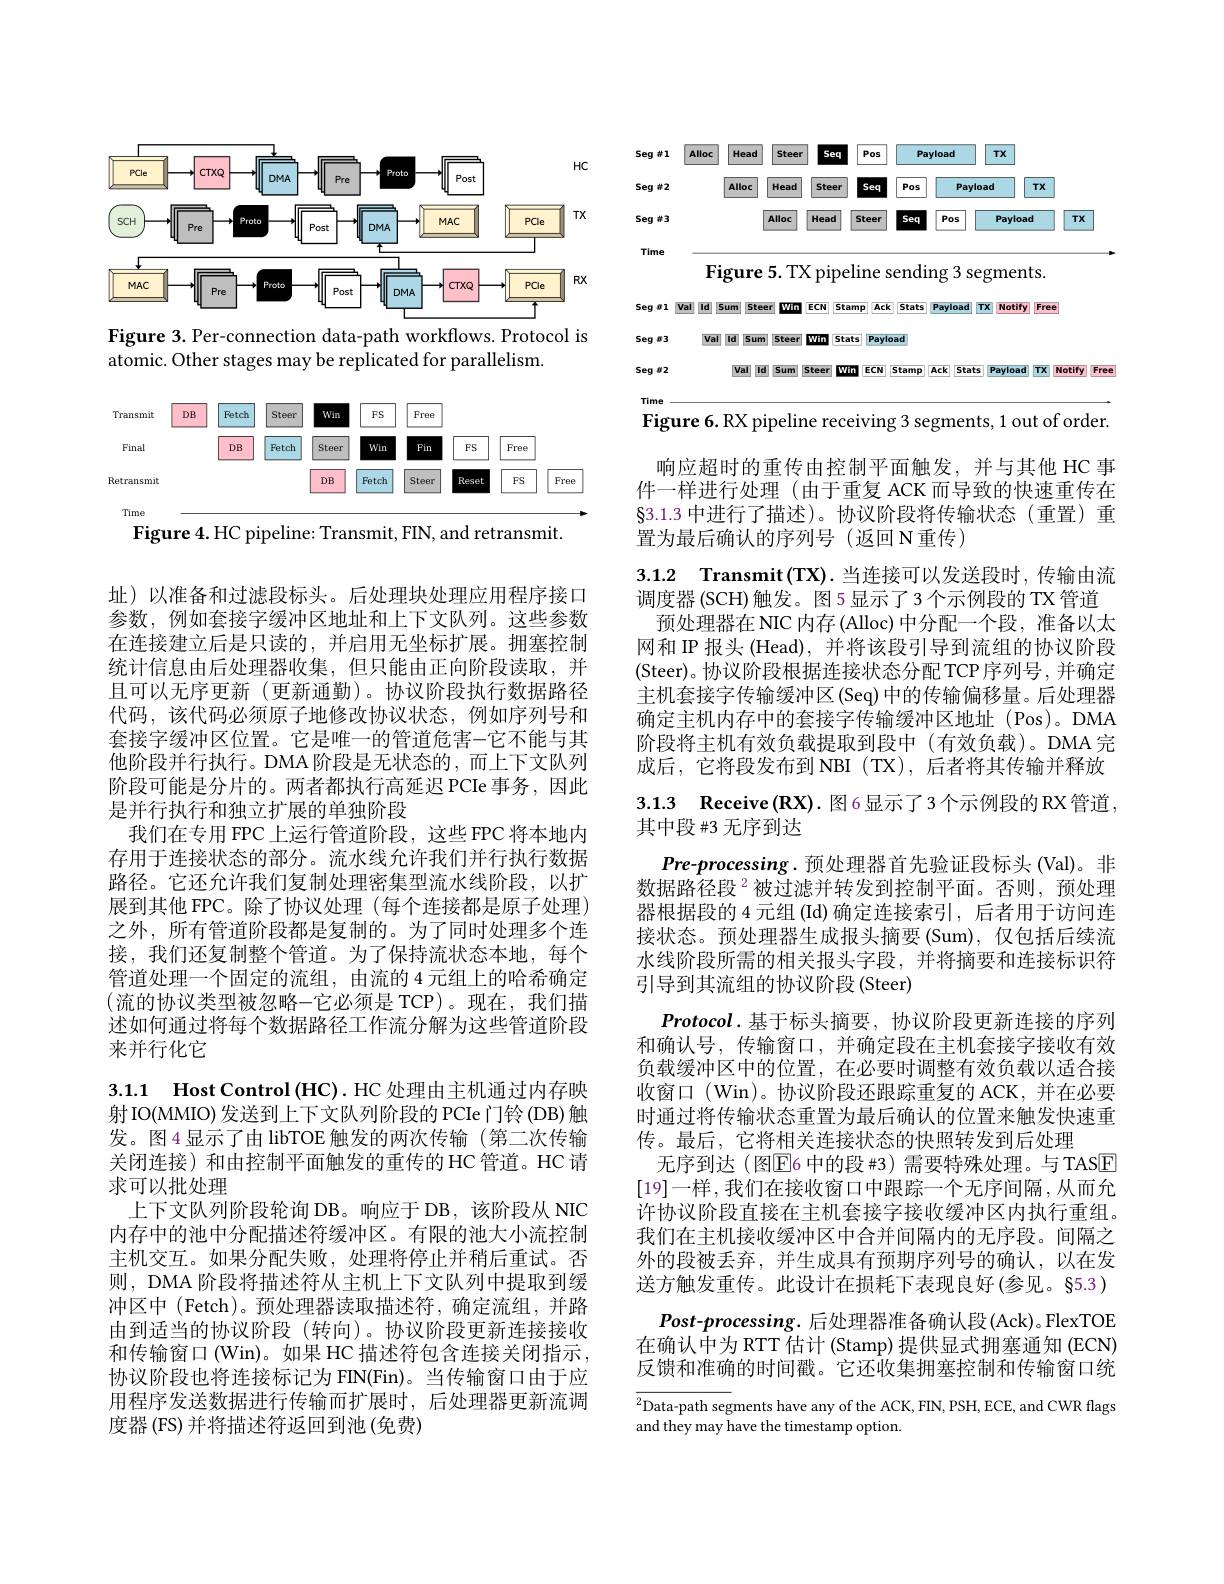
<FigureHere>

Figure 3. Per-connection data-path workflows. Protocol is
atomic. Other stages may be replicated for parallelism.

<FigureHere>
Figure 4. HC pipeline: Transmit, FIN, and retransmit.

址)以准备和过滤段标头。后处理块处理应用程序接口参数，例如套接字缓冲区地址和上下文队列。这些参数在连接建立后是只读的，并启用无坐标扩展。拥塞控制统计信息由后处理器收集，但只能由正向阶段读取，并且可以无序更新(更新通勤)。协议阶段执行数据路径代码，该代码必须原子地修改协议状态，例如序列号和套接字缓冲区位置。它是唯一的管道危害一它不能与其他阶段并行执行。DMA阶段是无状态的，而上下文队列阶段可能是分片的。两者都执行高延迟 PCIe 事务，因此是并行执行和独立扩展的单独阶段
我们在专用 FPC 上运行管道阶段，这些 FPC 将本地内存用于连接状态的部分。流水线允许我们并行执行数据路径。它还允许我们复制处理密集型流水线阶段，以扩展到其他 FPC。除了协议处理 (每个连接都是原子处理) 之外，所有管道阶段都是复制的。为了同时处理多个连接，我们还复制整个管道。为了保持流状态本地，每个管道处理一个固定的流组，由流的 4 元组上的哈希确定(流的协议类型被忽略-它必须是 TCP)。现在，我们描述如何通过将每个数据路径工作流分解为这些管道阶段来并行化它

3.1.1 Host Control (HC). HC 处理由主机通过内存映射IO(MMIO)发送到上下文队列阶段的 PCIe门铃 (DB) 触发。图4显示了由 libTOE 触发的两次传输(第二次传输关闭连接) 和由控制平面触发的重传的 HC 管道。HC 请求可以批处理
上下文队列阶段轮询 DB。响应于 DB,该阶段从 NIC 内存中的池中分配描述符缓冲区。有限的池大小流控制主机交互。如果分配失败，处理将停止并稍后重试。否则，DMA 阶段将描述符从主机上下文队列中提取到缓冲区中(Fetch)。预处理器读取描述符，确定流组，并路由到适当的协议阶段(转向)。协议阶段更新连接接收和传输窗口(Win)。如果 HC 描述符包含连接关闭指示， 协议阶段也将连接标记为 FIN(Fin)。当传输窗口由于应用程序发送数据进行传输而扩展时，后处理器更新流调度器 (FS) 并将描述符返回到池 (免费)

<FigureHere>

Figure 6. RX pipeline receiving 3 segments, 1 out of order.

响应超时的重传由控制平面触发，并与其他 HC 事件一样进行处理 (由于重复 ACK 而导致的快速重传在$\S3.1.3$中进行了描述)。协议阶段将传输状态(重置)重置为最后确认的序列号(返回 N重传)

3.1.2 Transmit(TX). 当连接可以发送段时，传输由流
调度器 (SCH)触发。图5显示了3个示例段的 TX 管道
预处理器在 NIC 内存 (Alloc) 中分配一个段，准备以太网和 IP 报头 (Head), 并将该段引导到流组的协议阶段(Steer)。协议阶段根据连接状态分配 TCP 序列号，并确定主机套接字传输缓冲区(Seq)中的传输偏移量。后处理器确定主机内存中的套接字传输缓冲区地址(Pos)。DMA 阶段将主机有效负载提取到段中(有效负载)。DMA 完成后，它将段发布到 NBI (TX),后者将其传输并释放

# 3.1.3 Receive(RX).图6显示了3个示例段的RX管道， 其中段#3 无序到达

Pre-processing. 预处理器首先验证段标头 (Val)。非数据路径段 $^{2}$被过滤并转发到控制平面。否则，预处理器根据段的 4 元组 (Id)确定连接索引，后者用于访问连接状态。预处理器生成报头摘要(Sum),仅包括后续流水线阶段所需的相关报头字段，并将摘要和连接标识符引导到其流组的协议阶段(Steer)
$Protocol.$基于标头摘要，协议阶段更新连接的序列和确认号，传输窗口，并确定段在主机套接字接收有效负载缓冲区中的位置，在必要时调整有效负载以适合接收窗口 (Win)。协议阶段还跟踪重复的 ACK,并在必要时通过将传输状态重置为最后确认的位置来触发快速重传。最后，它将相关连接状态的快照转发到后处理
无序到达 (图E6 中的段#3) 需要特殊处理。与 TASE [19]一样，我们在接收窗口中跟踪一个无序间隔，从而允许协议阶段直接在主机套接字接收缓冲区内执行重组。我们在主机接收缓冲区中合并间隔内的无序段。间隔之外的段被丢弃，并生成具有预期序列号的确认，以在发送方触发重传。此设计在损耗下表现良好(参见。§5.3)
$Post-processing.$后处理器准备确认段(Ack)。FlexTOE 在确认中为 RTT 估计 (Stamp) 提供显式拥塞通知 (ECN) 反馈和准确的时间戳。它还收集拥塞控制和传输窗口统

$\overline{{^2}\text{Data-path seg}}$ments have any of the ACK, FIN, PSH, ECE, and CWR flags
and they may have the timestamp option.